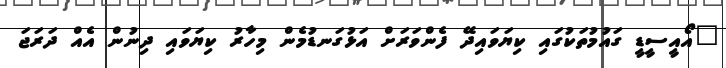
"އޯއީސީޑީ ގައުމުތަކުގައި ކިޔަވައިދޭ ފެންވަރަށް އަޅުގަނޑުމެން މިހާރު ކިޔަވައި ދިނުން އެއް ދަރަޖަ